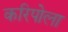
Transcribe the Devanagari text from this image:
करिपोला